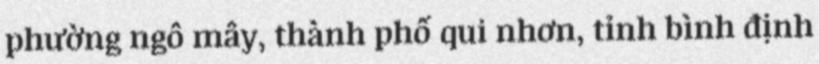
phường ngô mây, thành phố qui nhơn, tỉnh bình định